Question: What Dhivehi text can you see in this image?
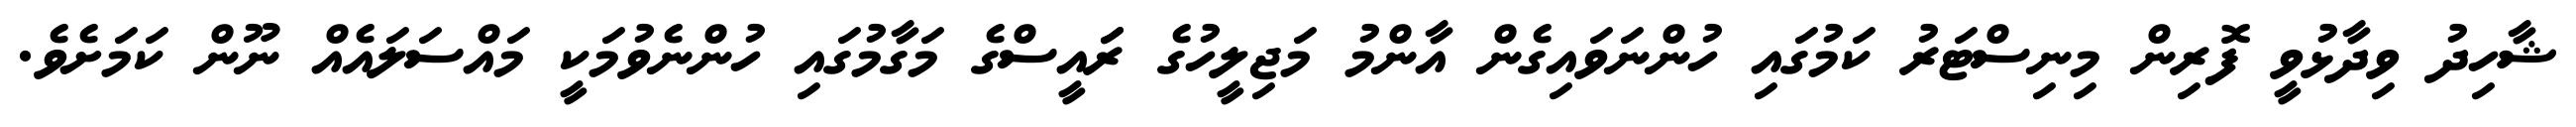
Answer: ޝާހިދު ވިދާޅުވީ ފޮރިން މިނިސްޓަރު ކަމުގައި ހުންނަވައިގެން އާންމު މަޖިލީހުގެ ރަައީސްގެ މަގާމުގައި ހުންނެވުމަކީ މައްސަލައެއް ނޫން ކަމަށެވެ.